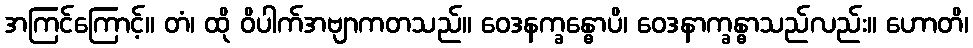
အကြင်ကြောင့်။ တံ၊ ထို ဝိပါက်အဗျာကတသည်။ ဝေဒနက္ခန္ဓောပိ၊ ဝေဒနာက္ခန္ဓာသည်လည်း။ ဟောတိ၊